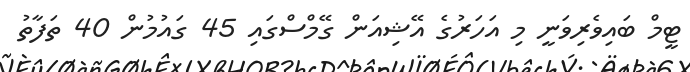
ޓީމް ބައިވެރިވަނީ މި އަހަރުގެ އޭޝިއަން ގޭމްސްގައި 45 ގައުމުން 40 ތަފާތު